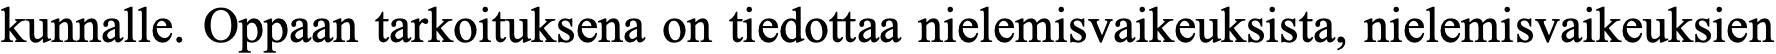
kunnalle. Oppaan tarkoituksena on tiedottaa nielemisvaikeuksista, nielemisvaikeuksien